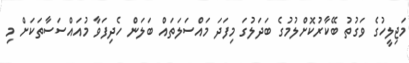
މަޖިލީހުގެ ވަގުތު ބޭކާރުކޮށްލުމުގެ ބަދަލުގަ މިފަދަ މައްސަލަތައް ބަލަން ހެދިފަވާ މުއައްސަސާތަކަށް މި